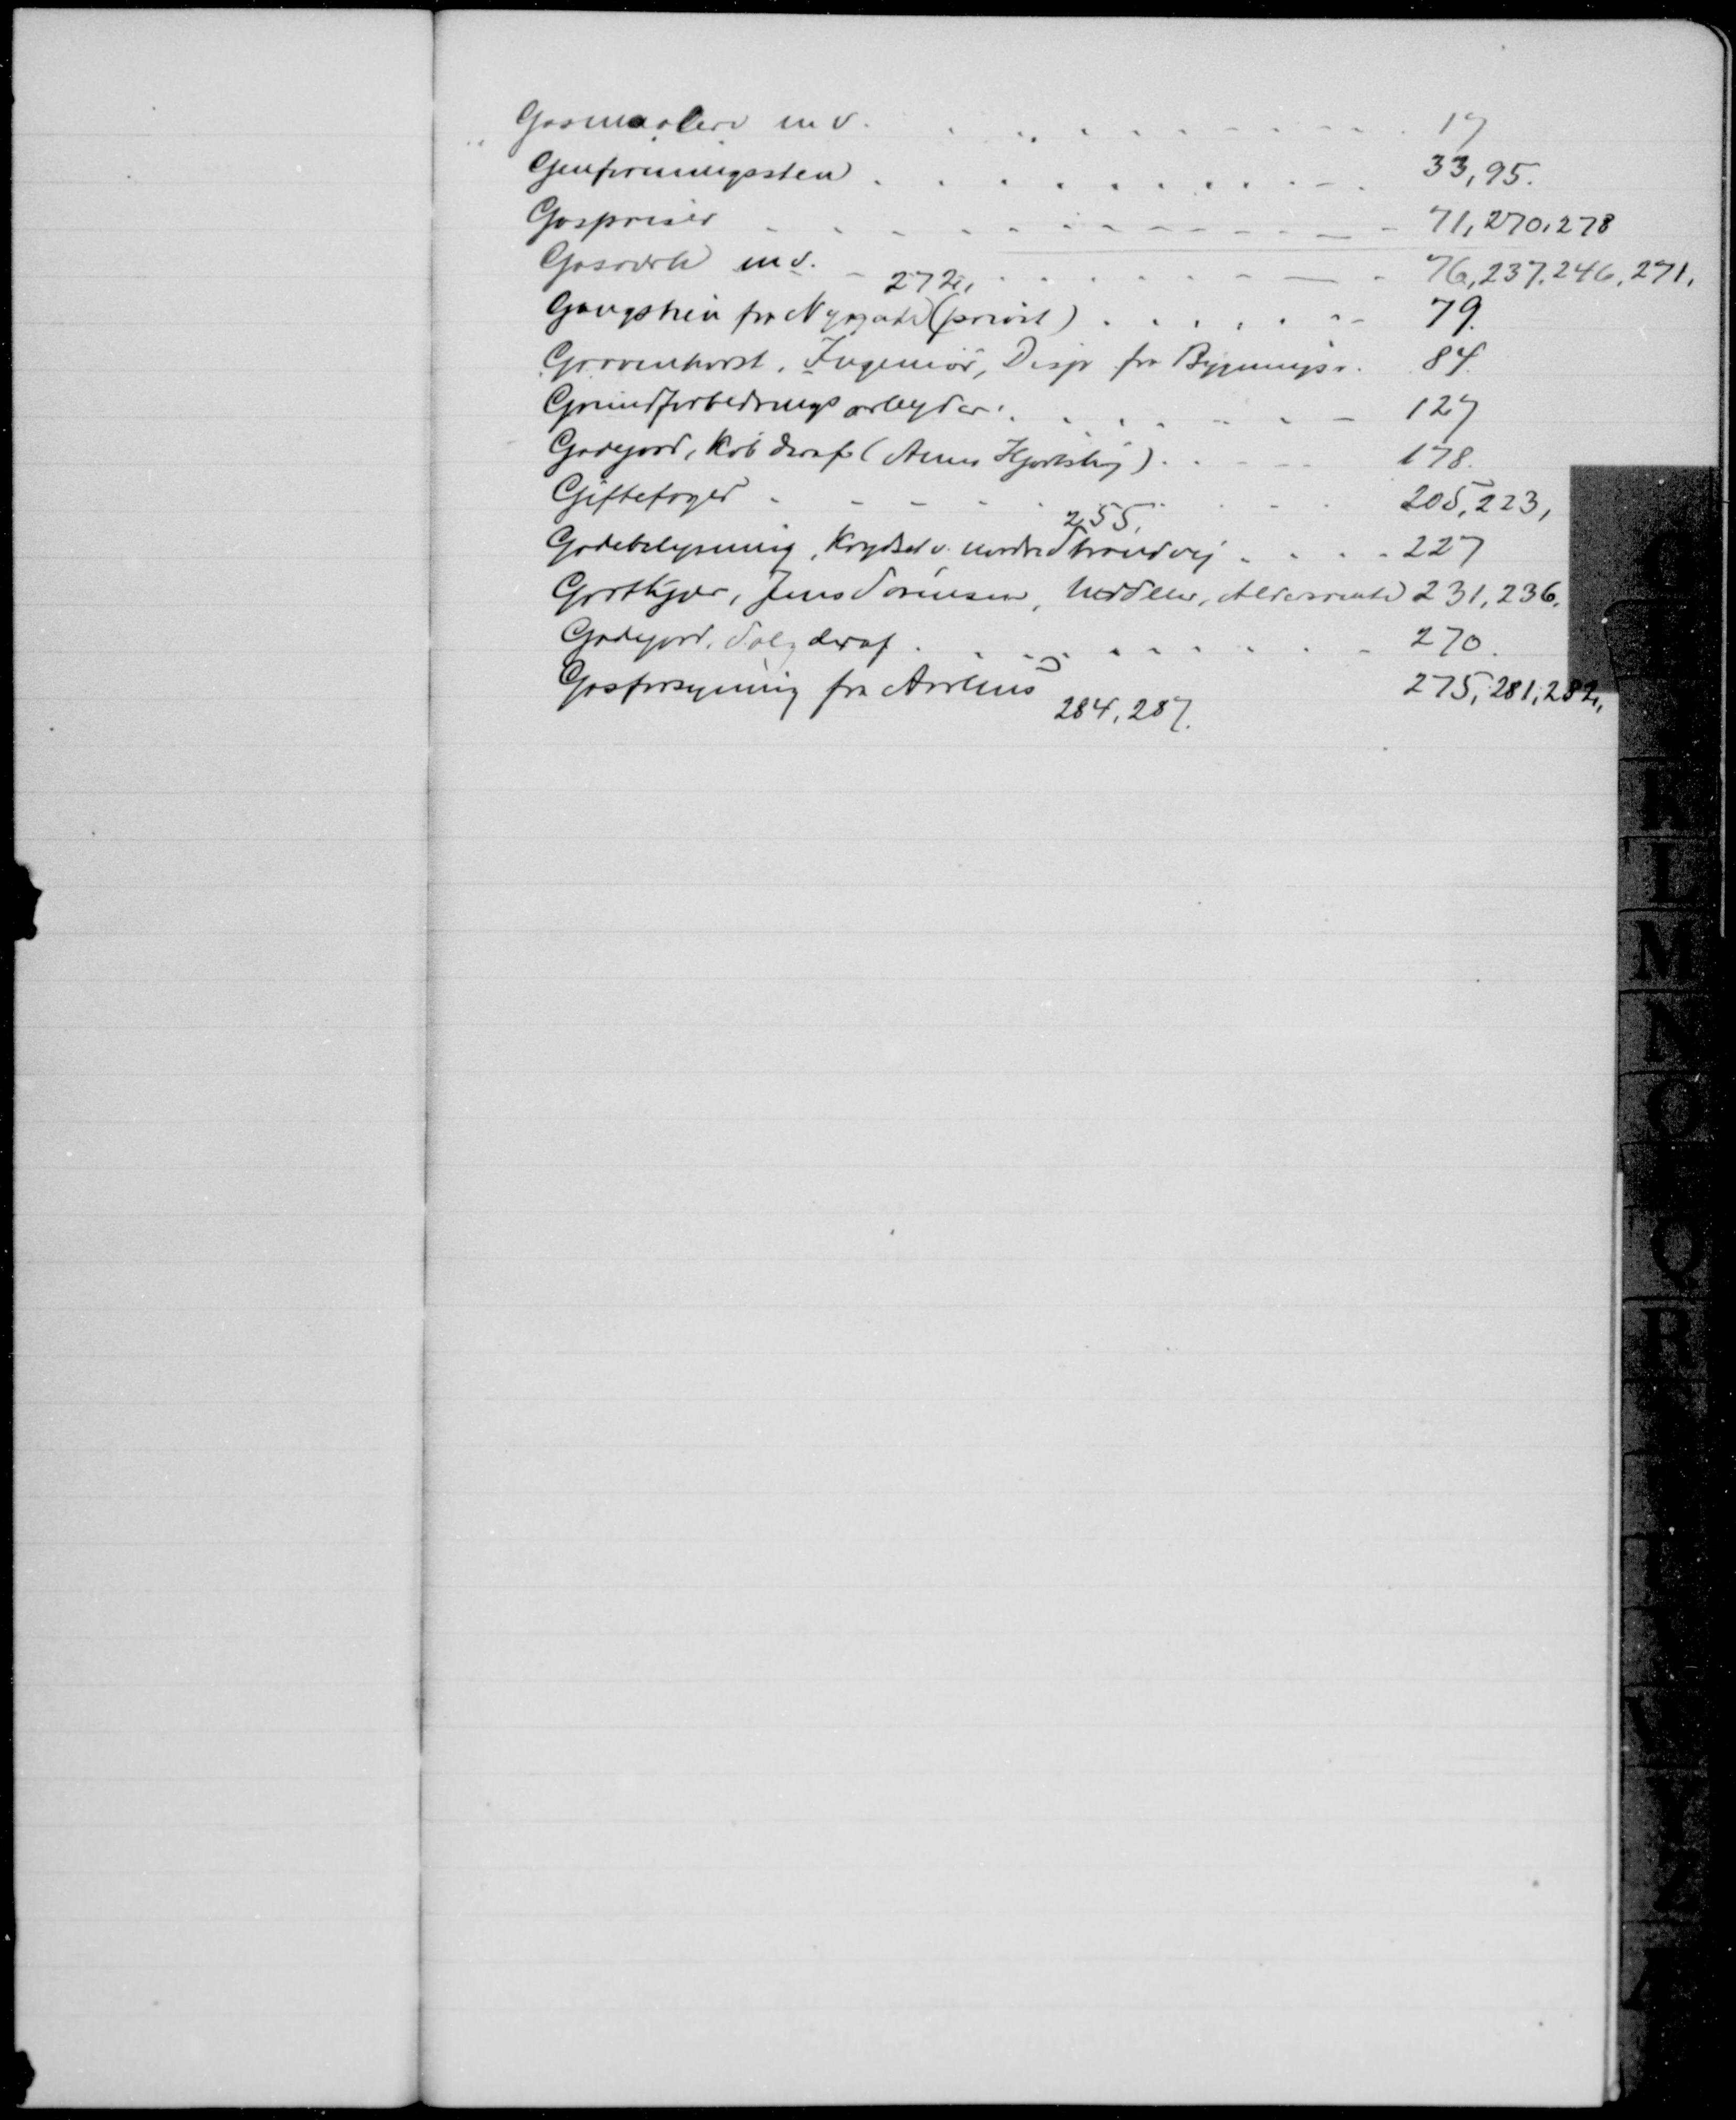
Transskription:
Gasmaalere m.v.
17
Genforeningssten
33, 95
Gaspriser
71, 270, 278
Gasværk m.v.
76, 237, 246, 271.
272,
Gangstien fra Nygade (privat)
79
Gravenhorst, Ingeniør, Disp. for Bygningsv.
84.
Grundforbedringsarbejder
127
Gadejord, Køb deraf (Anna Hjortshøj).
178
Giftefoged
205, 223,
255,
Gadebelysning, Krydset v. nordre Strandvej
227
Grotkjær, Jens Sørensen, Uddeler, Aldersrente 231,236.
Gadejord, Salg deraf
270
Gasforsyning fra Aarhus
275, 281,282,
284, 287.